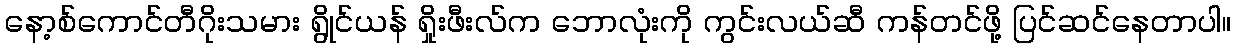
နော့စ်ကောင်တီဂိုးသမား ရွိုင်ယန် ရှိုးဖီးလ်က ဘောလုံးကို ကွင်းလယ်ဆီ ကန်တင်ဖို့ ပြင်ဆင်နေတာပါ။